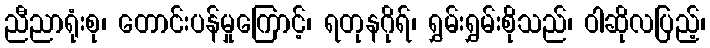
ညီညာရုံးစု၊ တောင်းပန်မှုကြောင့်၊ ရတုနဂိုရ်၊ ရွှမ်းရွှမ်းစိုသည်၊ ဝါဆိုလပြည့်၊